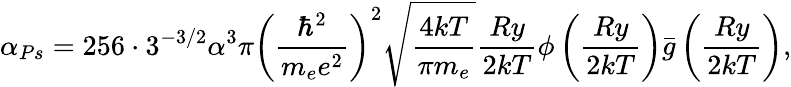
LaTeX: \alpha_{Ps}=256\cdot 3^{-3/2}\alpha^{3}\pi\left(\frac{\hbar^{2}}{m_{e}e^{2}}\right)^{2}\sqrt{\frac{4kT}{\pi m_{e}}}\frac{Ry}{2kT}\phi\left(\frac{Ry}{2kT}\right)\bar{g}\left(\frac{Ry}{2kT}\right),